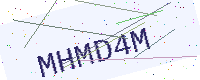
Text: MHMD4M